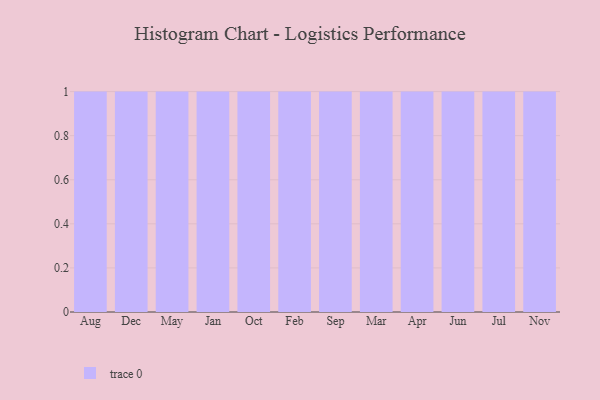
{"axis": {"x": "Month", "y": "Active Users"}, "legend": [""], "data": [{"x": "Aug", "y": 46, "type": ""}, {"x": "Dec", "y": 38, "type": ""}, {"x": "May", "y": 38, "type": ""}, {"x": "Jan", "y": 50, "type": ""}, {"x": "Oct", "y": 63, "type": ""}, {"x": "Feb", "y": 96, "type": ""}, {"x": "Sep", "y": 62, "type": ""}, {"x": "Mar", "y": 26, "type": ""}, {"x": "Apr", "y": 10, "type": ""}, {"x": "Jun", "y": 79, "type": ""}, {"x": "Jul", "y": 23, "type": ""}, {"x": "Nov", "y": 13, "type": ""}]}